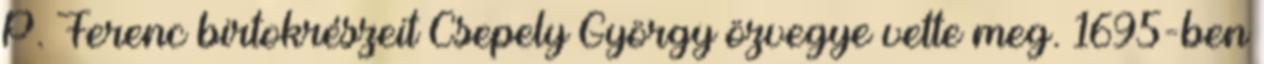
P. Ferenc birtokrészeit Csepely György özvegye vette meg. 1695-ben